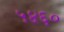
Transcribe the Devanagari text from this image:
५४६०